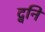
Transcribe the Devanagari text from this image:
द्वनि